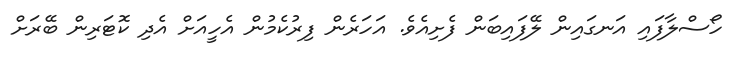
ހޯސްލާފައި އަނގައިން ލޭފައިބަން ފެށިއެވެ. އަހަރެން ފިރުކެމުން އެހީއަށް އެދި ކޮޓަރިން ބޭރަށް